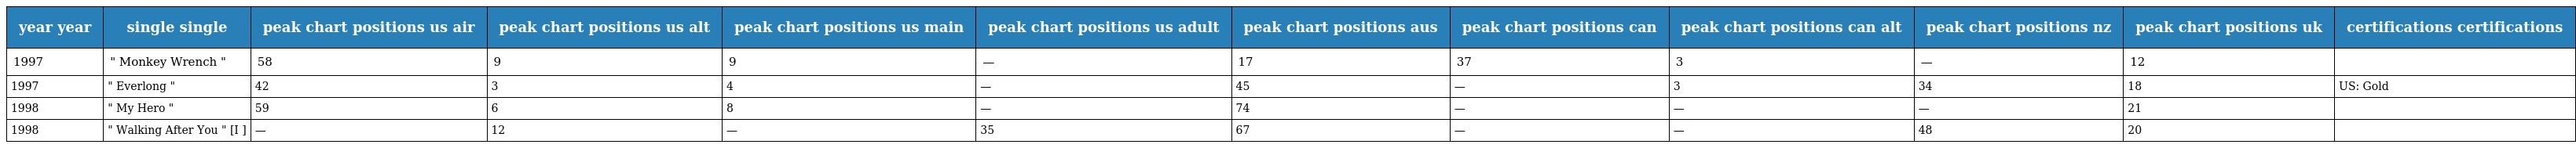
| year year | single single | peak chart positions us air | peak chart positions us alt | peak chart positions us main | peak chart positions us adult | peak chart positions aus | peak chart positions can | peak chart positions can alt | peak chart positions nz | peak chart positions uk | certifications certifications |
 | --- | --- | --- | --- | --- | --- | --- | --- | --- | --- | --- | --- |
 | 1997 | " Monkey Wrench " | 58 | 9 | 9 | — | 17 | 37 | 3 | — | 12 |  |
 | 1997 | " Everlong " | 42 | 3 | 4 | — | 45 | — | 3 | 34 | 18 | US: Gold |
 | 1998 | " My Hero " | 59 | 6 | 8 | — | 74 | — | — | — | 21 |  |
 | 1998 | " Walking After You " [I ] | — | 12 | — | 35 | 67 | — | — | 48 | 20 |  |